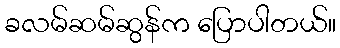
ခလမ်ဆမ်ဆွန်က ပြောပါတယ်။